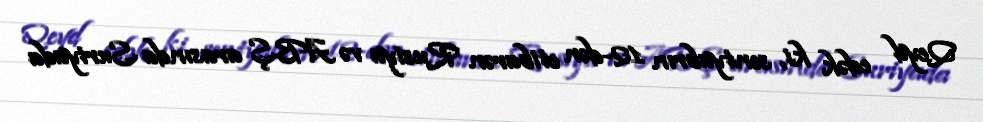
Qeyd edək ki, sentyabrın 12-dən etibarən Rusiya və ABŞ arasında Suriyada